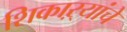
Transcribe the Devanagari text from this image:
शिकाऱ्यांचे